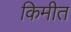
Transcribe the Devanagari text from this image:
किमीत